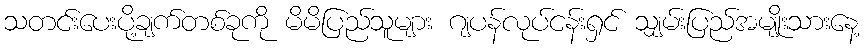
သတင်းပေးပို့ချက်တစ်ခုကို မိမိပြည်သူများ ဂျပန်လုပ်ငန်းရှင် သျှမ်းပြည်အမျိုးသားနေ့